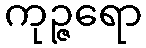
ကုဉ္ဇရော